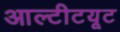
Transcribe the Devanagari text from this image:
आल्टीटयूट